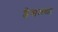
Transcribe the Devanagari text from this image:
डेसमण्ड